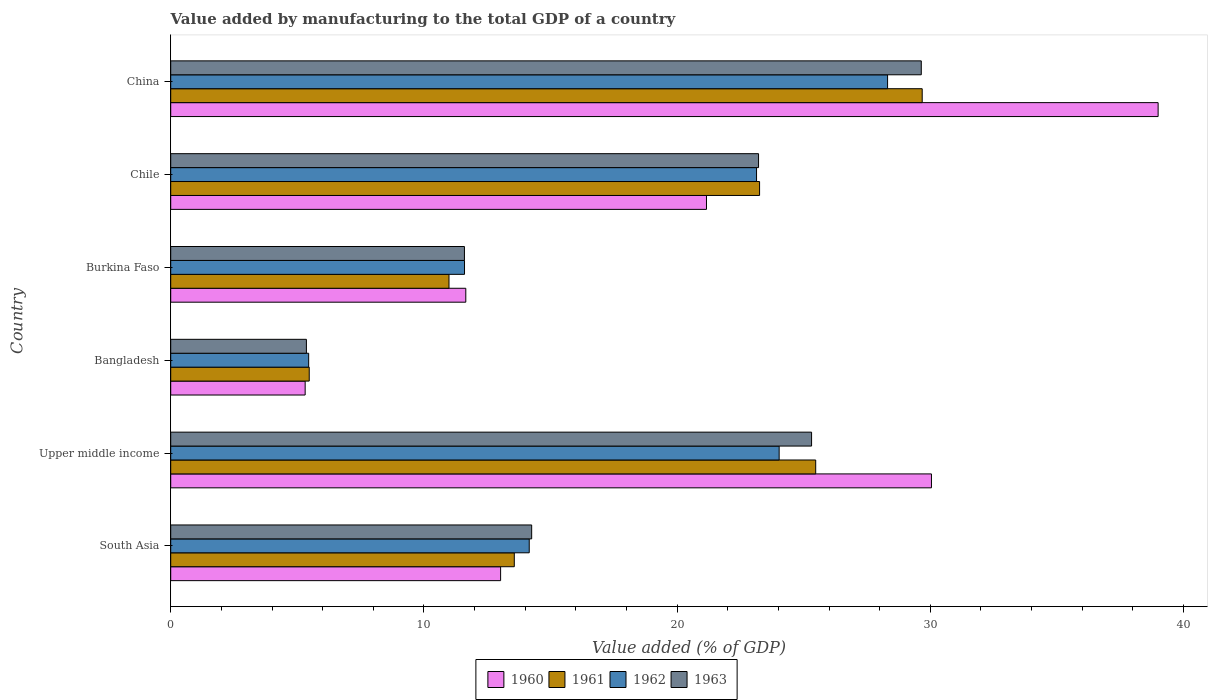
| Country | 1960 | 1961 | 1962 | 1963 |
 | --- | --- | --- | --- | --- |
 | South Asia | 13 | 13.6 | 14.2 | 14.3 |
 | Upper middle income | 30 | 25.5 | 24 | 25.3 |
 | Bangladesh | 5.31 | 5.47 | 5.45 | 5.36 |
 | Burkina Faso | 11.7 | 11 | 11.6 | 11.6 |
 | Chile | 21.2 | 23.3 | 23.1 | 23.2 |
 | China | 39 | 29.7 | 28.3 | 29.6 |